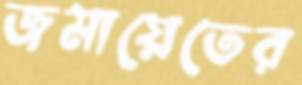
জমায়েতের